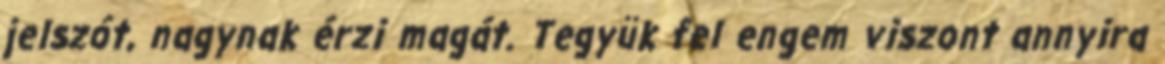
jelszót, nagynak érzi magát. Tegyük fel engem viszont annyira